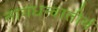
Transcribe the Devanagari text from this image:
नागधन्वातीर्थ